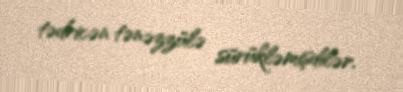
tədricən tənəzzülə sürükləmişdilər.